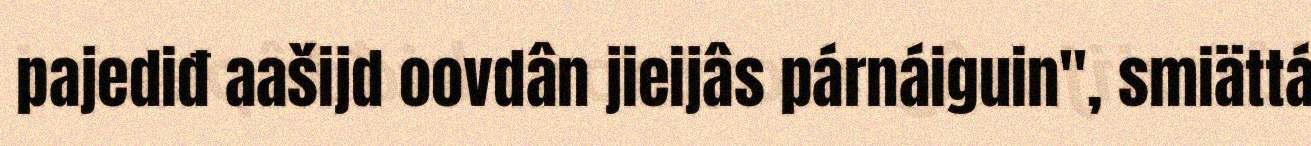
pajediđ aašijd oovdân jieijâs párnáiguin", smiättá